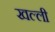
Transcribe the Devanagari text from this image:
खल्ली